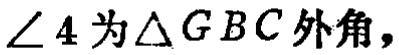
$\angle 4\text{为}\triangle GBC\text{外角，}$